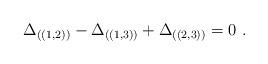
LaTeX: \begin{align*}\Delta_{((1,2))} - \Delta_{((1,3))} + \Delta_{((2,3))} =0 ~.\end{align*}